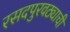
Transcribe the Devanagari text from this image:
रसदपुरवठ्याची